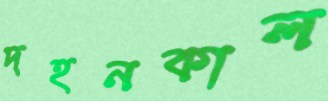
দহনকাল